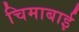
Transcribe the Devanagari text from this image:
चिमाबाई